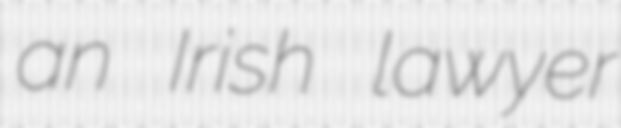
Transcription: an Irish lawyer